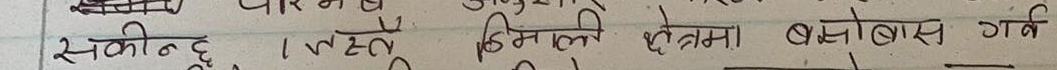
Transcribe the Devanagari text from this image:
सकिन्छ । वस्तु निम्नलिखित क्षेत्रमा बसोबास गर्ने